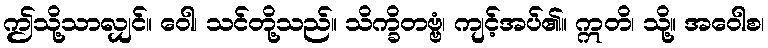
ဤသို့သာလျှင်။ ဝေါ၊ သင်တို့သည်။ သိက္ခိတဗ္ဗံ၊ ကျင့်အပ်၏။ ဣတိ၊ သို့။ အဝေါစ၊